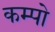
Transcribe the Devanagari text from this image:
कम्पो